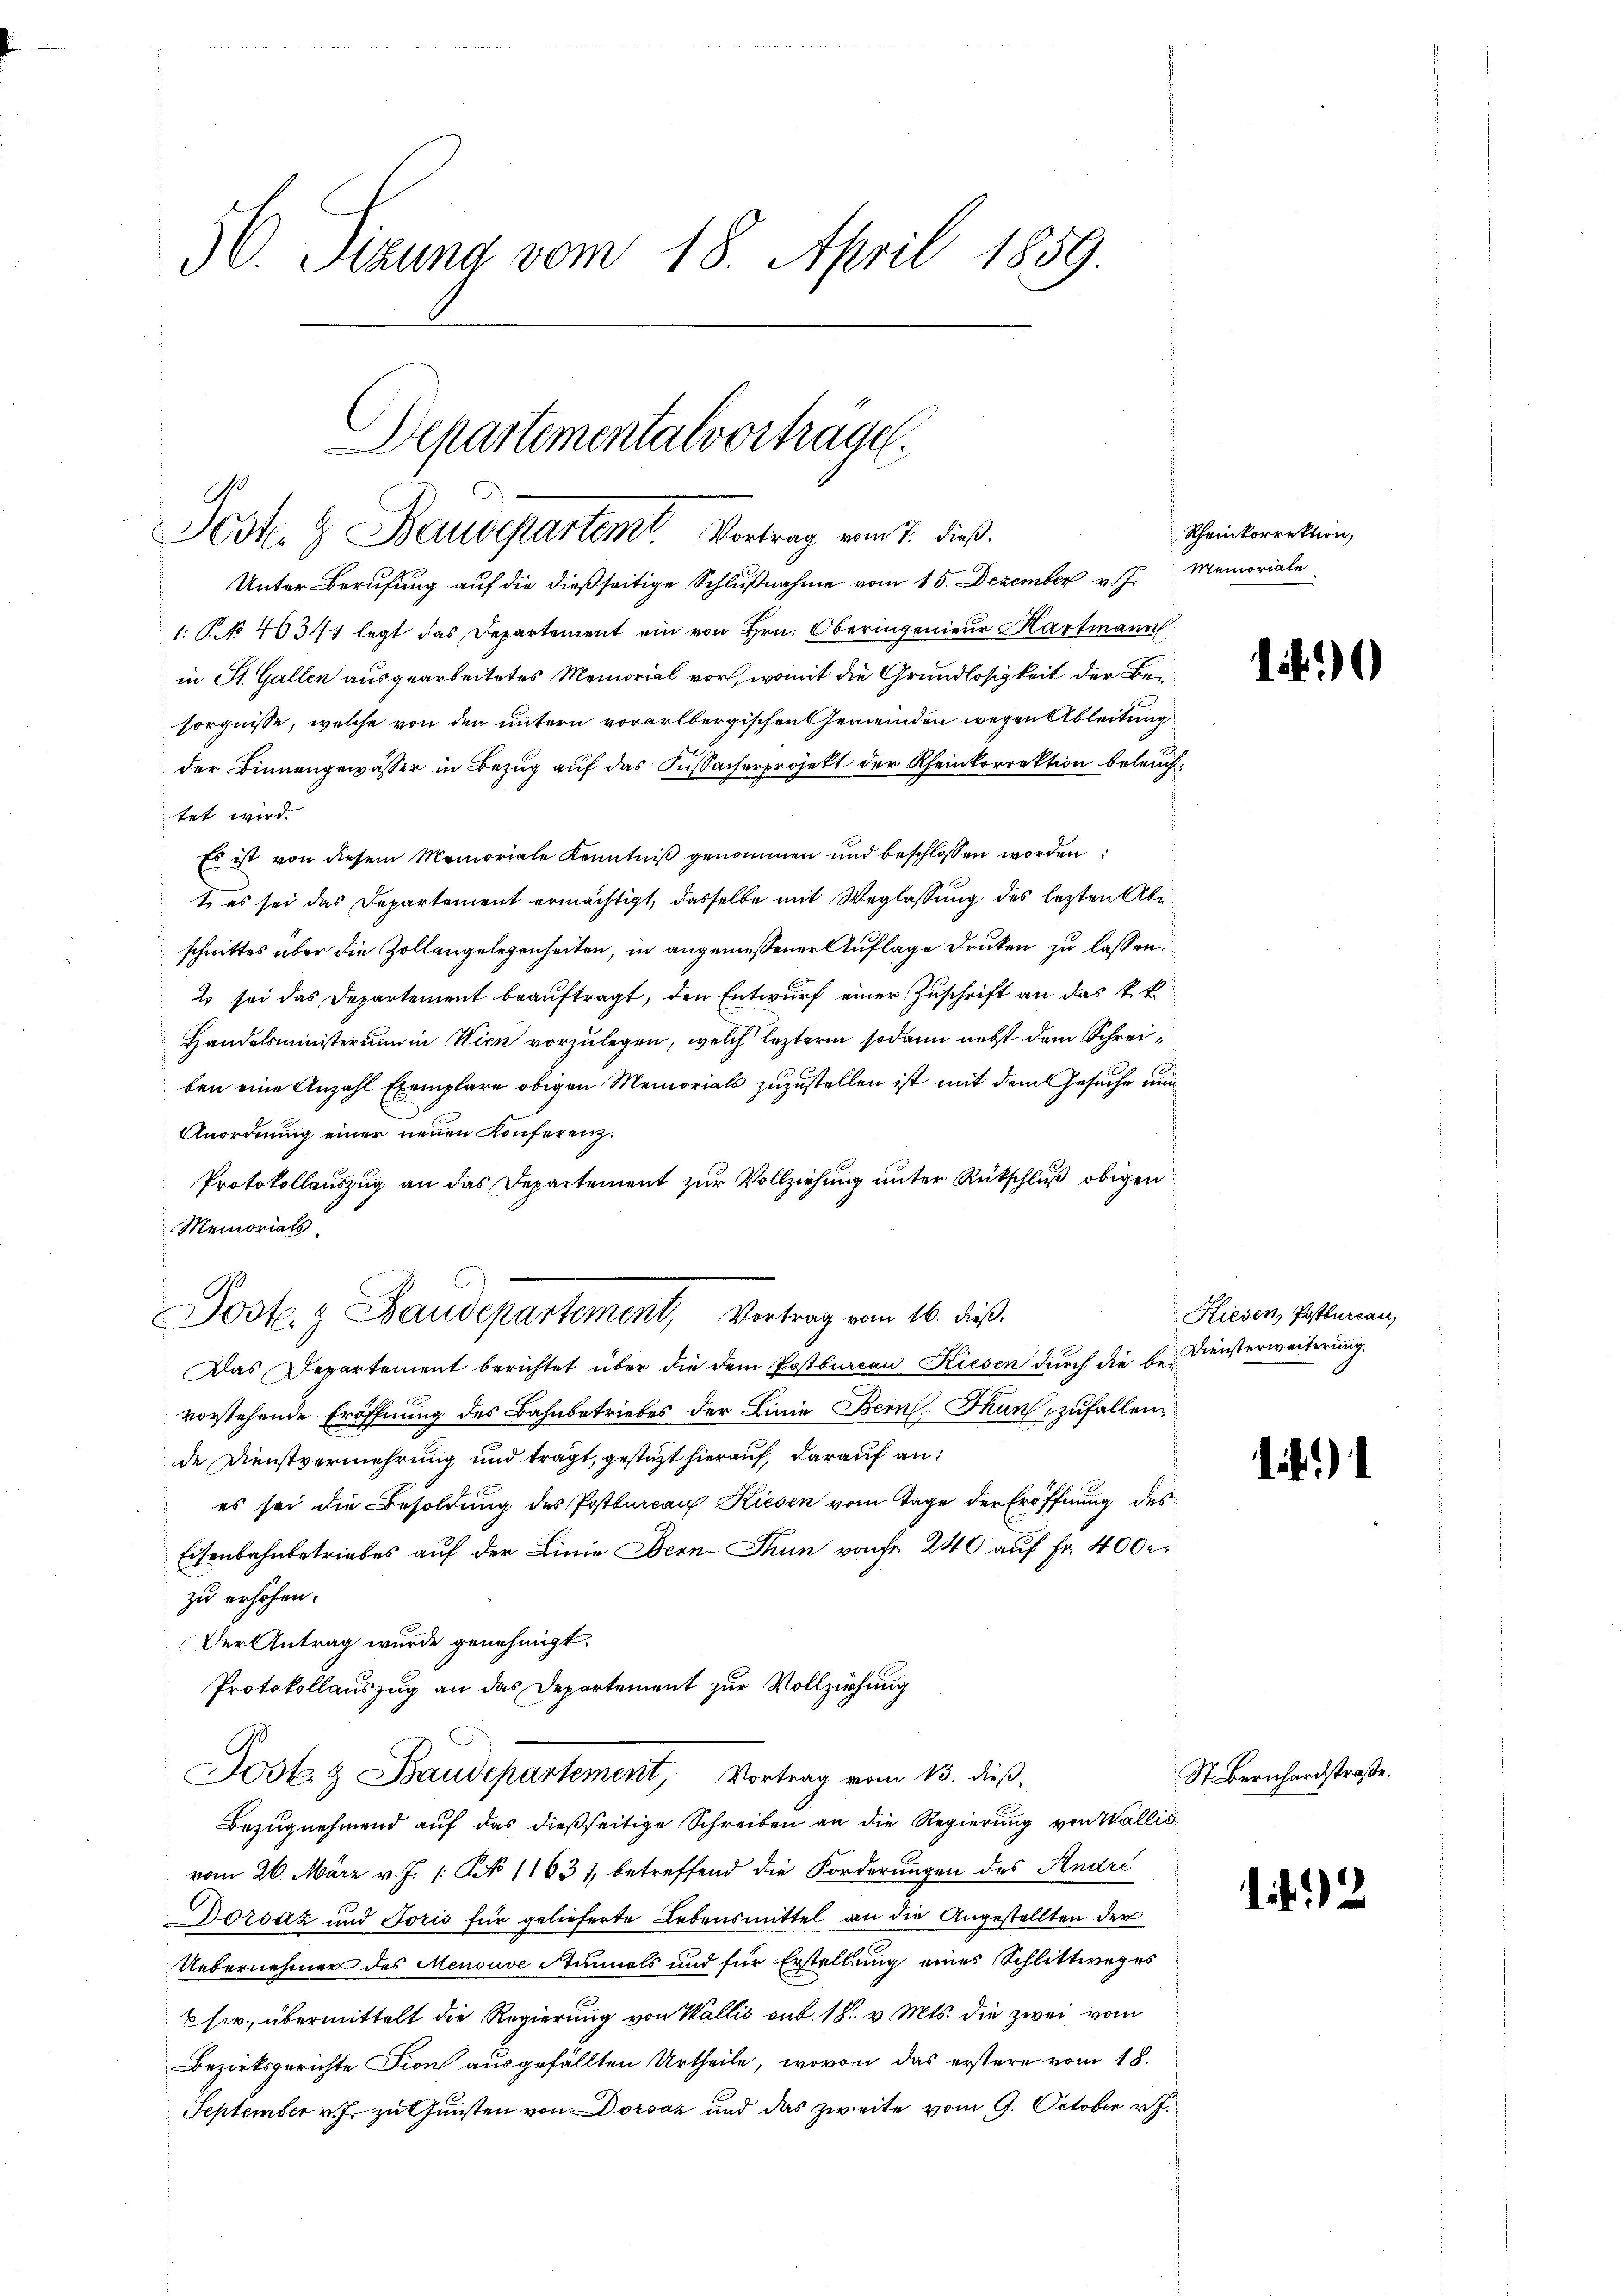
56. Sizung vom 18. April 1859.

Unter Berufung auf die dießseitige Schlußnahme vom 15. Dezember v. J.
1: No 4634. legt das Departement ein von Hrn. Oberingenieur Hartmann
in St. Gallen ausgearbeitetes Memorial vor, womit die Grundlosigkeit der Beisorgnisse, welche von den untern vorarlbergischen Gemeinden wegen Ableitung
der Binnengewässer in Bezug auf das Fussacherprojekt der Rheinkorrektion beleuchtet wird.
Es ist von diesem Memoriale Kenntniß genommen und beschlossen worden
t es sei das Departement ermächtigt, dasselbe mit Weglassung des lezten Abe
schnittes über die Zollangelegenheiten, in angemessener Auflage Druken zu lassen.
2 sei das Departement beauftragt, den Entwurf einer Zuschrift an das k.k
Handelsministerium in Wien vorzulegen, welch leztere sodann nebst dem Schreiben eine Anzahl Exemplare obigen Memorials zuzustellen ist mit dem Gesuche um
Anordnung einer neuen Konferenz.
Protokollauszug an das Departement zur Vollziehung unter Rückschluß obigen
Memorials
Das Departement berichtet über die dem Postbureau Kiesen durch die be- Diensterweiterung.
vorstehende Eröffnung des Bahnbetriebes der Linie Bern Thun, zufallen
de Dienstvermehrung und trägt, gestüzt hierauf, darauf an:
es sei die Besoldung des Postbureau Kiesen vom Tage der Eröffnung des
Eisenbahnbetriebes auf der Linie Bern-Thun von fr. 240 auf Fr. 400 er
zu erhöhen.
Der Antrag wurde genehmigt.
Protokollauszug an das Departement zur Vollziehung
G
Jost & Baudepartement, Vortrag vom 13. dieß,
Bezugnehmend auf das dießseitige Schreiben an die Regierung von Wallis
vom 26. März v. J. 1. No 11631, betreffend die Forderungen des Andre
Dorsaz und Toris für gelieferte Lebensmittel an die Angestellten der
Uebernehmen des Menouve Stimmels und für Erstellung eines Schlittweges
C sie, übermittelt die Regierung von Wallis sub. 18. v. Mts. die zwei vom
Bezirksgerichte Fion ausgefällten Urtheile, wovon das erstere vom 18.
September v. J. zu Gunsten von Dorsaz und das zweite vom 9. October v. J.

Departementalvorträge.
Jost & Baudepartemt. Vortrag vom 7. dieß.

A
Jost. z Baudepartement, Vortrag vom 16. dieß.

Rheinkorrektion,
Memoriale

1.)

Riesen Postbureau,

)

St. Bernhardstraße.

1)